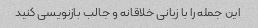
این جمله را با زبانی خلاقانه و جالب بازنویسی کنید